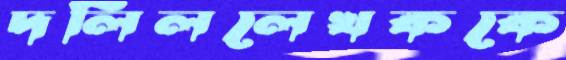
দলিললেখককে